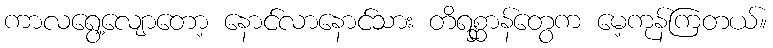
ကာလရွေ့လျောတော့ နောင်လာနောင်သား တိရစ္ဆာန်တွေက မေ့ကုန်ကြတယ်။